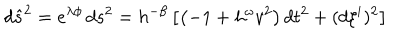
d \hat { s } ^ { 2 } = e ^ { \lambda \phi } \, d s ^ { 2 } = h ^ { - \beta } \left[ \left( - 1 + h ^ { \omega } v ^ { 2 } \right) d t ^ { 2 } + ( d \xi ^ { i } ) ^ { 2 } \right]